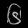
Digit: ၆